Lunatic asylums Bombay report 1891-1903 - 1891-1903
Year: 1891
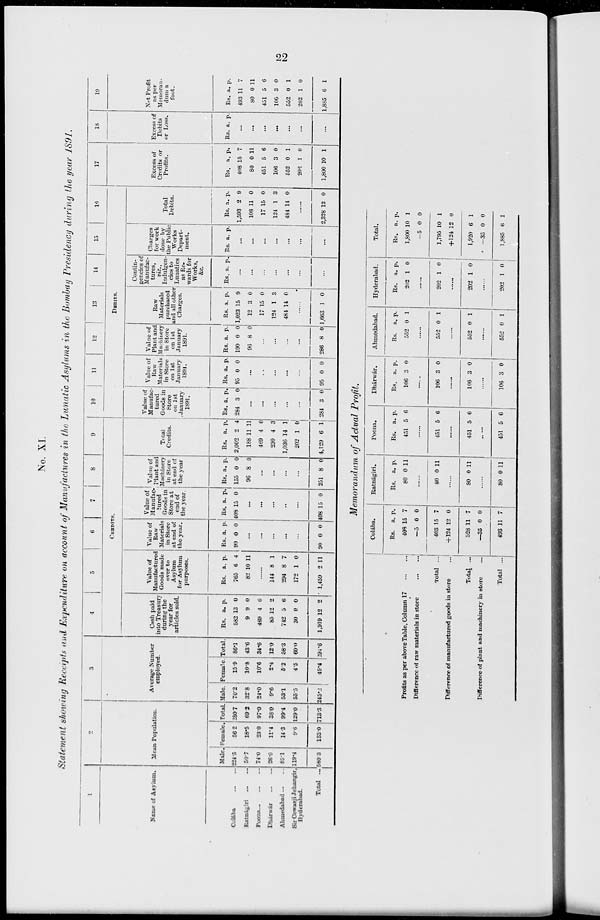
22
No. XI.
Statement showing Receipts and Expenditure on account of Manufactures in the Lunatic Asylums in the Bombay Presidency during the year 1891.
1
Name of Asylum.
Colába
...
...
Ratnágiri
...
...
Poona
...
...
...
Dhárwár
...
...
Ahmedabad
...
...
Sir Cowasji Jehangir,
Hyderabad.
Total ...
2
Mean Population.
Male.
224.5
50.7
74.0
26.6
85.1
119.4
580.3
Female.
56.2
18.5
23.0
11.4
14.3
9.6
133.0
Total.
280.7
69.2
97.0
38.0
99.4
129.0
713.3
3
Average Number
employed.
Male.
70.2
32.8
24.0
9.6
53.1
55.5
245.2
Female.
15.9
10.8
10.6
2.4
5.2
4.5
49.4
Total.
86.1
43.6
34.6
12.0
58.3
60.0
294.6
4
5
6
7
8
9
CREDITS.
Cash paid
into Treasury
during the
year for
articles sold.
Rs.
582
9
469
85
742
30
1,919
a.
13
9
4
12
5
0
12
p.
0
0
6
2
6
0
2
Value of
Manufactured
Goods made
over to
Asylum
for Asylum
purposes.
Rs.
765
82
a.
6
10
p.
4
11
......
144
294
172
1,459
8
8
1
2
1
7
0
11
Value of
Raw
Materials
in Store
at end of
the year.
Rs.
90
a.
0
p.
0
...
...
...
...
...
90 0 0
Value of
Manufac-
tured
Goods in
Store at
end of
the year.
Rs.
408
a.
15
p.
0
...
...
...
...
...
408 15 0
Value of
Plant and
Machinery
in Store
at end of
the year
Rs.
155
96
a.
0
8
p.
0
0
...
...
...
...
251 8 0
Total
Credits.
Rs.
2,002
188
469
230
1,036
202
4,129
a.
2
11
4
4
14
1
6
p.
4
11
6
3
1
0
1
10
11
12
13
14
15
16
DEBITS.
Value of
Manufac-
tured
Goods in
Store
on 1st
January
1891.
Rs.
284
a.
3
p.
0
...
...
...
...
...
284 3 0
Value of
Raw
Materials
in Store
on 1st
January
1891.
Rs.
95
a.
0
p.
0
...
...
...
...
...
95 0 0
Value of
Plant and
Machinery
in Store
on 1st
January
1891.
Rs.
190
96
a.
0
8
p.
0
0
...
...
...
...
286 8 0
Raw
Materials
purchased
and all other
Charges.
Rs.
1,023
12
17
124
484
a.
15
3
15
1
14
p.
9
0
0
3
0
......
1,663 1 0
Contin-
gencies of
Manufac-
tures,
viz.,
Indulgen-
cies to
Lunatics
as Re-
wards for
Works,
&c.
Rs. a. p.
...
...
...
...
...
...
...
Charges
for work
done by
the Public
Works
Depart-
ment.
Rs. a. p.
...
...
...
...
...
...
...
Total
Debits.
Rs.
1,593
108
17
124
484
a.
2
11
15
1
14
p.
9
0
0
3
0
......
2,328 12 0
17
Excess of
Credits or
Profits.
Rs.
408
80
451
106
552
202
1,800
a.
15
0
5
3
0
1
10
p.
7
11
6
0
1
0
1
18
Excess of
Debits
or Loss.
Rs. a. p.
...
...
...
...
...
...
...
19
Net Profit
as per
Memoran-
dum a
foot.
Rs.
493
80
451
106
552
202
1,885
a.
11
0
5
3
0
1
6
p.
7
11
6
0
1
0
1
Memorandum of Actual Profit.
Profits as per above Table, Column 17 ... ...
Difference of raw materials in store
...
...
Total ...
Difference of manufactured goods in store
Total ...
Difference of plant and machinery in store
Total ...
Colába.
Rs.
408
—5
403
+124
528
—35
493
a.
15
0
15
12
11
0
11
p.
7
0
7
0
7
0
7
Ratnágiri.
Rs.
80
a.
0
p.
11
......
80 0 11
......
80 0 11
......
80 0 11
Poona.
Rs.
451
a.
5
p.
6
......
451 5 6
......
451 5 6
451 5 6
Dhárwár.
Rs.
106
a.
3
p.
0
......
106 3 0
......
106 3 0
......
106 3 0
Ahmedabad.
Rs.
552
a.
0
p.
1
......
552 0 1
......
552 0 1
......
552 0 1
Hyderabad.
Rs.
202
a.
1
p.
0
......
202 1 0
......
202 1 0
......
202 1 0
Total.
Rs.
1,800
—5
1,795
+124
1,920
—35
1,885
a.
10
0
10
12
6
0
6
p.
1
0
1
0
1
0
1